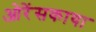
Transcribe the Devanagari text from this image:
ओरेंसकाया